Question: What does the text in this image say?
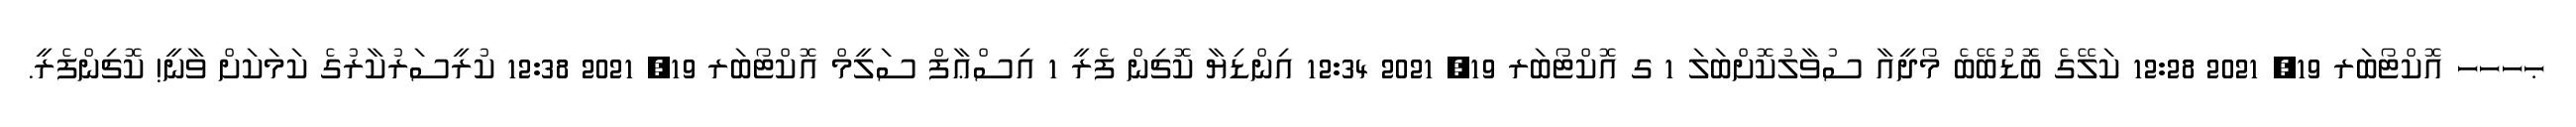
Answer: ޙހހހ އޮކްޓޯބަރ 19, 2021 12:28 ކަލޭގެ ބޮޑުބޭބެ މޯދީއާ ސުވާލުކޮށްބަލަ 1 ގ އޮކްޓޯބަރ 19, 2021 12:34 އިންޑިޔާ ކޮޗިން ފެރީ 1 އިސްޢާފް ސަލީމް އޮކްޓޯބަރ 19, 2021 12:38 ކުރީސަރުކާރުގެ ކަމަކަށް ވާނީ! ކޮޗިންފެރީ.